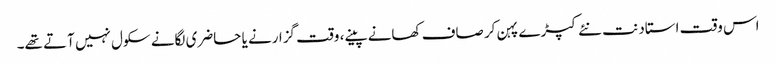
اس وقت استاد نت نئے کپڑے پہن کر صاف کھانے پینے، وقت گزارنے یا حاضری لگانے سکول نہیں آتے تھے۔